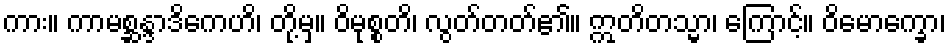
ကား။ ကာမစ္ဆန္ဒာဒိကေဟိ၊ တို့မှ။ ဝိမုစ္စတိ၊ လွတ်တတ်၏။ ဣတိတသ္မာ၊ ကြောင့်။ ဝိမောက္ခော၊